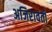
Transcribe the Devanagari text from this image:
अजिरावती